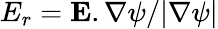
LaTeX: E_{r}=\mathbf{E}.\nabla\psi/|\nabla\psi|